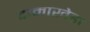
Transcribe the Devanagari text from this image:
दामाखेडा